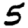
Digit: 5